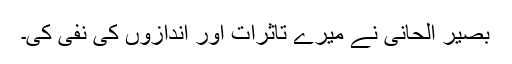
بصیر الحانی نے میرے تاثرات اور اندازوں کی نفی کی۔